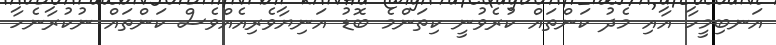
އަނބިމީހާ އާއި މެދު ކަންތައް ކުރެވުނީ ކިތަންމެ ބޮޑު އަނިޔާވެރިއެއްވެސް ކަންތައް ނުކުރާނެހާ